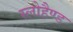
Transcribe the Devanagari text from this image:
स्लोहैण्ड